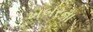
ખબરના